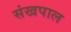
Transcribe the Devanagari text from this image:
संखपाल